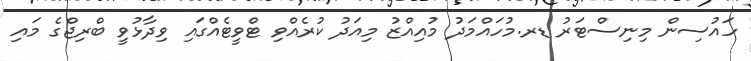
ހައުސިން މިނިސްޓަރު ޑރ.މުހައްމަދު މުއިއްޒު މިއަދު ކުރެއްވި ޓްވީޓެއްގައި ވިދާޅުވީ ބްރިޖްގެ މައި